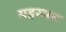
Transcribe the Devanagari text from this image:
महरजत